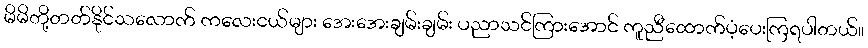
မိမိတို့တတ်နိုင်သလောက် ကလေးငယ်များ အေးအေးချမ်းချမ်း ပညာသင်ကြားအောင် ကူညီထောက်ပံ့ပေးကြရပါတယ်။